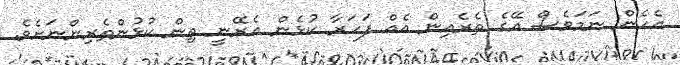
އެހެން ނަމަވެސް އޭގެ ތެރެއިން އެއް ފަހަރާ ކުޅެން އެރޭނީ ތިން ކުޅުންތެރިންނަށެވެ.